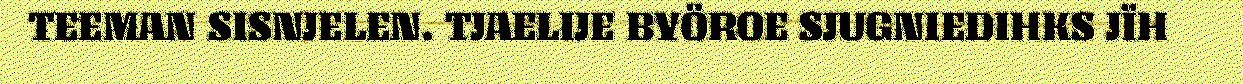
TEEMAN SISNJELEN. TJAELIJE BYÖROE SJUGNIEDIHKS JÏH